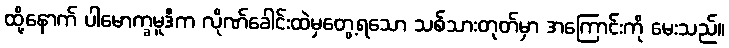
ထို့နောက် ပါမောက္ခမူဒီက လိုဏ်ခေါင်းထဲမှတွေ့ရသော သစ်သားတုတ်မှာ အကြောင်းကို မေးသည်။